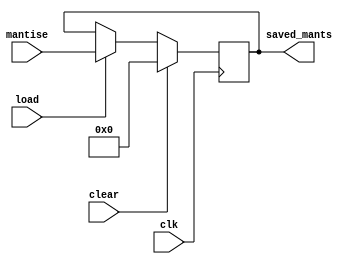
`timescale 1ns / 1ps
//////////////////////////////////////////////////////////////////////////////////
// Company: 
// Engineer: 
// 
// Design Name: 
// Module Name: registru_50b
// Project Name: 
// Target Devices: 
// Tool Versions: 
// Description: 
// 
// Dependencies: 
// 
// Revision:
// Revision 0.01 - File Created
// Additional Comments:
// 
//////////////////////////////////////////////////////////////////////////////////


module registru_50b(
    input [49:0]mantise,
    input clk, clear, load,
    output reg [49:0]saved_mants
    );

    always @(posedge clk)
        if(clear)
            saved_mants <= 50'b0;
        else if(load)
            saved_mants <= mantise;
endmodule